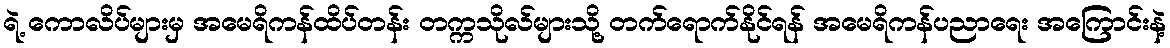
ရဲ့ ကောလိပ်များမှ အမေရိကန်ထိပ်တန်း တက္ကသိုလ်များသို့ တက်ရောက်နိုင်ရန် အမေရိကန်ပညာရေး အကြောင်းနဲ့